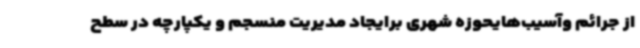
از جرائم وآسیب‌هایحوزه شهری برایجاد مدیریت منسجم و یکپارچه در سطح